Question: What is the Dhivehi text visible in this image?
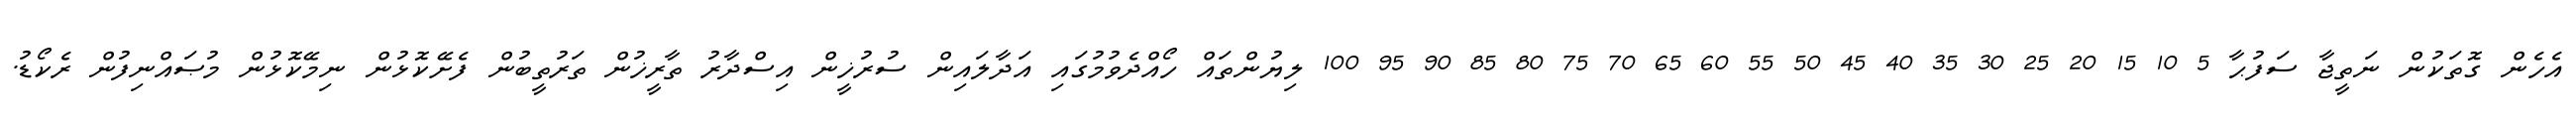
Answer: އެހެން ގޮތަކުން ނަތީޖާ ސަފުޙާ 5 10 15 20 25 30 35 40 45 50 55 60 65 70 75 80 85 90 95 100 ލިޔުންތައް ހޯއްދެވުމުގައި އަދާލައިން ސުރުޚީން އިސްދާރު ތާރީޚުން ތަރުތީބުން ފެށޭކޮޅުން ނިމޭކޮޅުން މުޞައްނިފުން ރެކޯޑު.